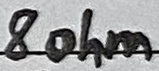
Text: 8ohm